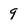
Character: 9